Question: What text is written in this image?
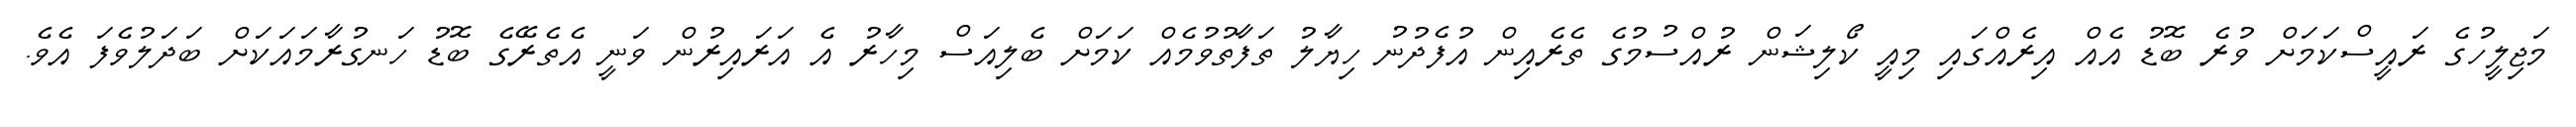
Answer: މަޖިލީހުގެ ރައީސްކަމަށް ވުރެ ބޮޑު އެއް އިރެއްގައި މިއީ ކޯލިޝަން ރުއްސުމުގެ ތެރެއިން އުފެދުނު ހިޔާލު ތަފާތުވުމެއް ކަމަށް ބެލިއަސް މިހާރު އެ އަރައިރުން ވަނީ އެތެރޭގެ ބޮޑު ހަނގުރާމައަކަށް ބަދަލުވެފަ އެވެ.